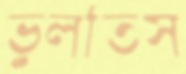
ভুলতিস